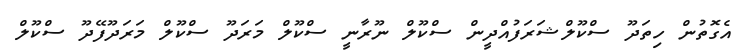
އެގޮތުން ހިތަދޫ ސްކޫލްޝަރަފުއްދީން ސްކޫލް ނޫރާނީ ސްކޫލް މަރަދޫ ސްކޫލް މަރަދޫފޭދޫ ސްކޫލް